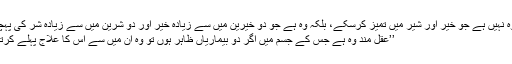
جیسا کہ کہا جاتا ہے: عاقل وہ نہیں ہے جو خیر اور شیر میں تمیز کرسکے، بلکہ وہ ہے جو دو خیرین میں سے زیادہ خیر اور دو شرین میں سے زیادہ شر کی پہچان کرسکے، شاعر کہتا ہے:
’’عقل مند وہ ہے جس کے جسم میں اگر دو بیماریاں ظاہر ہوں تو وہ ان میں سے اس کا علاج پہلے کرتا ہے جو زیادہ خطرناک ہو‘‘۔